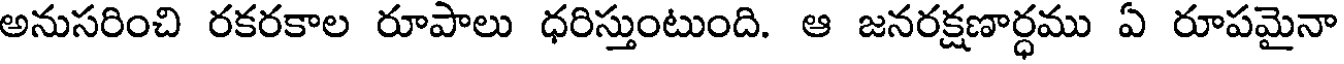
అనుసరించి రకరకాల రూపాలు ధరిస్తుంటుంది. ఆ జనరక్షణార్ధము ఏ రూపమైనా